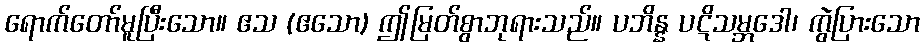
ရောက်တော်မူပြီးသော။ ဧသ (ဧသော) ဤမြတ်စွာဘုရားသည်။ ပဘိန္န ပဋိသမ္ဘဒေါ၊ ကွဲပြားသော